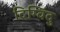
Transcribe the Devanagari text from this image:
दिग्विंदु